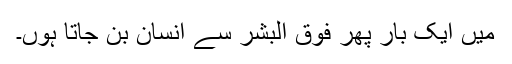
میں ایک بار پھر فوق البشر سے انسان بن جاتا ہوں۔